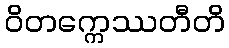
ဝိတက္ကေဿတီတိ